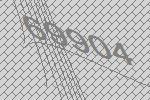
69904